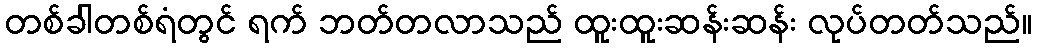
တစ်ခါတစ်ရံတွင် ရက် ဘတ်တလာသည် ထူးထူးဆန်းဆန်း လုပ်တတ်သည်။